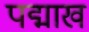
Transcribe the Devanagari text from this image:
पद्माख